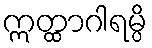
ဣတ္ထာဂါရမ္ပိ